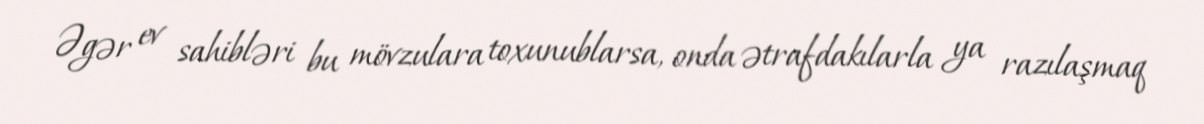
Əgər ev sahibləri bu mövzulara toxunublarsa, onda ətrafdakılarla ya razılaşmaq